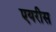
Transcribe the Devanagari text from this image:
एयरीस